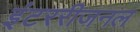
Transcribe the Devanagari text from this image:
इंटररीजनल